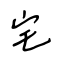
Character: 宅